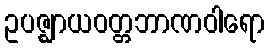
ဥပဇ္ဈာယဝတ္တဘာဏဝါရော